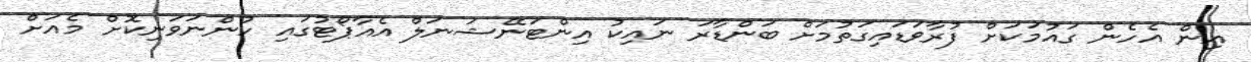
އިން އެހެން ގައުމަކަށް ފުރާވަޑައިގަތުމަށް ބަންޑާރަ ނައިކު އިންޓަނޭޝަނަލް އެއާޕޯޓުގައި ހުންނަވަނިކޮށް މެއަށް